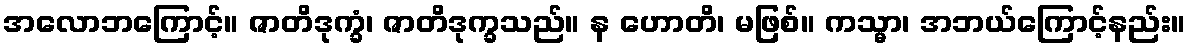
အလောဘကြောင့်။ ဇာတိဒုက္ခံ၊ ဇာတိဒုက္ခသည်။ န ဟောတိ၊ မဖြစ်။ ကသ္မာ၊ အဘယ်ကြောင့်နည်း။